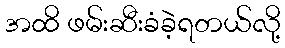
အထိ ဖမ်းဆီးခံခဲ့ရတယ်လို့